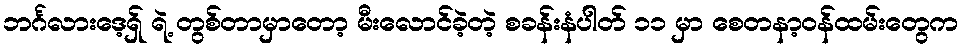
ဘင်္ဂလားဒေ့ရှ် ရဲ့ တွစ်တာမှာတော့ မီးလောင်ခဲ့တဲ့ စခန်းနံပါတ် ၁၁ မှာ စေတနာ့ဝန်ထမ်းတွေက